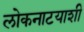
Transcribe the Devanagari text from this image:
लोकनाटयाशी